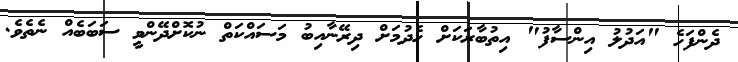
ދެންފަހެ "އަދުލު އިންސާފު" އިތުބާރަކަށް ހެދުމަށް ދިރޭނާއިބު މަސައްކަތް ނުކޮށްދޭންވީ ސަބަބެއް ނެތެވެ.